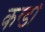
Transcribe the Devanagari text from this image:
कन्डो